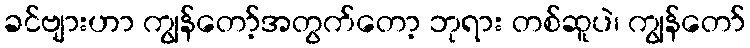
ခင်ဗျားဟာ ကျွန်တော့်အတွက်တော့ ဘုရား တစ်ဆူပဲ၊ ကျွန်တော်